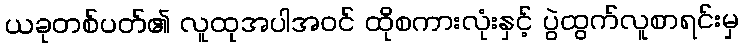
ယခုတစ်ပတ်၏ လူထုအပါအဝင် ထိုစကားလုံးနှင့် ပွဲထွက်လူစာရင်းမှ